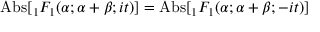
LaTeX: { \mathrm { A b s } } [ { } _ { 1 } F _ { 1 } ( \alpha ; \alpha + \beta ; i t ) ] = { \mathrm { A b s } } [ { } _ { 1 } F _ { 1 } ( \alpha ; \alpha + \beta ; - i t ) ]